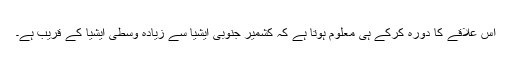
اس علاقے کا دورہ کرکے ہی معلوم ہوتا ہے کہ کشمیر جنوبی ایشیا سے زیادہ وسطی ایشیا کے قریب ہے۔